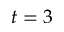
t = 3